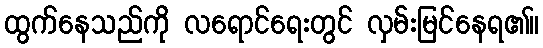
ထွက်နေသည်ကို လရောင်ရေးတွင် လှမ်းမြင်နေရ၏။